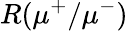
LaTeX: R(\mu^{+}/\mu^{-})